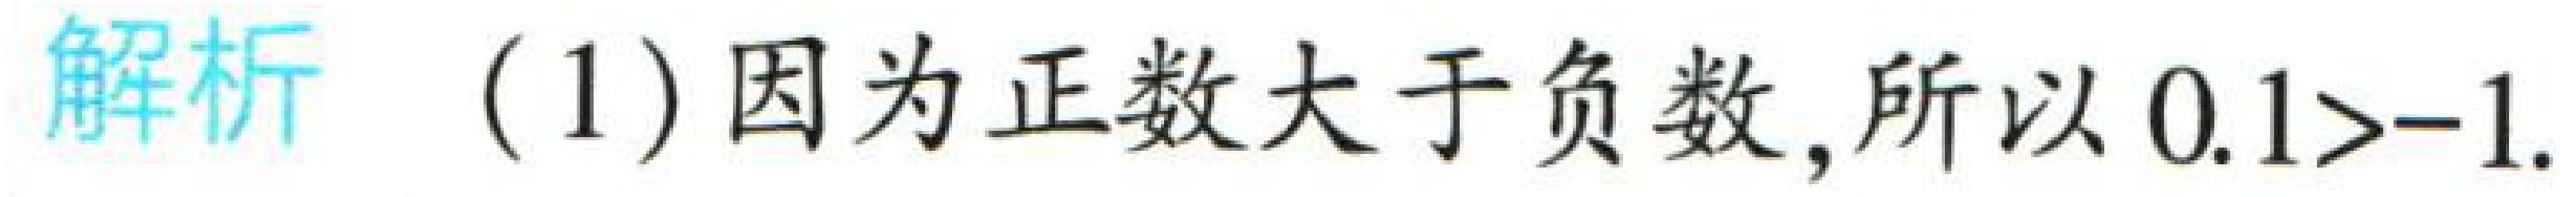
解析 (1) 因为正数大于负数, 所以 \(0.1 > - 1\).